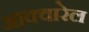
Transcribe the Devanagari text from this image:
आक्वारेल